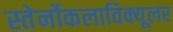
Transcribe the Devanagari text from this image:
स्तेर्नोकलाविक्यूलर